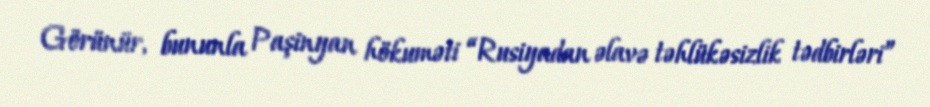
Görünür, bununla Paşinyan hökuməti “Rusiyadan əlavə təhlükəsizlik tədbirləri”